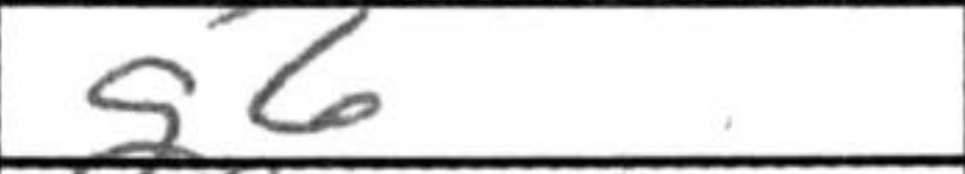
Transcription: g6